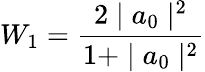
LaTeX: W_{1}=\frac{2\mid a_{0}\mid^{2}}{1+\mid a_{0}\mid^{2}}